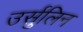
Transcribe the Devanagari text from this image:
उर्सुलिन